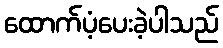
ထောက်ပံ့ပေးခဲ့ပါသည်